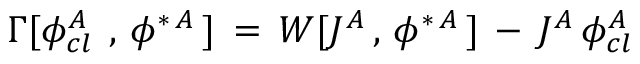
\Gamma [ \phi _ { c l \, \, } ^ { A } \, , \, \phi ^ { \ast \, A } \, ] \, = \, { \cal W } [ J ^ { A } \, , \, \phi ^ { \ast \, A } \, ] \, - \, J ^ { A } \, \phi _ { c l \, } ^ { A }